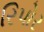
રિપોર